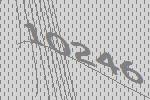
10246